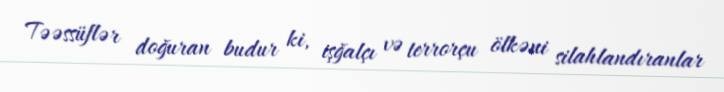
Təəssüflər doğuran budur ki, işğalçı və terrorçu ölkəni silahlandıranlar